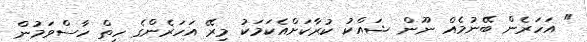
" އަހަރެން ބޭނުމެއް ނޫން ޝައްކު ކުރާކަށްއެކަމަކު މިރޭ އަހަރެންގެ ހިތް ހާސްވަމުން